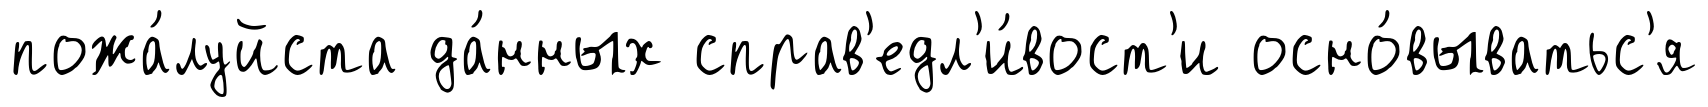
пожа́луйста да́нных справ'едл'и́вост'и осно́выватьс'я